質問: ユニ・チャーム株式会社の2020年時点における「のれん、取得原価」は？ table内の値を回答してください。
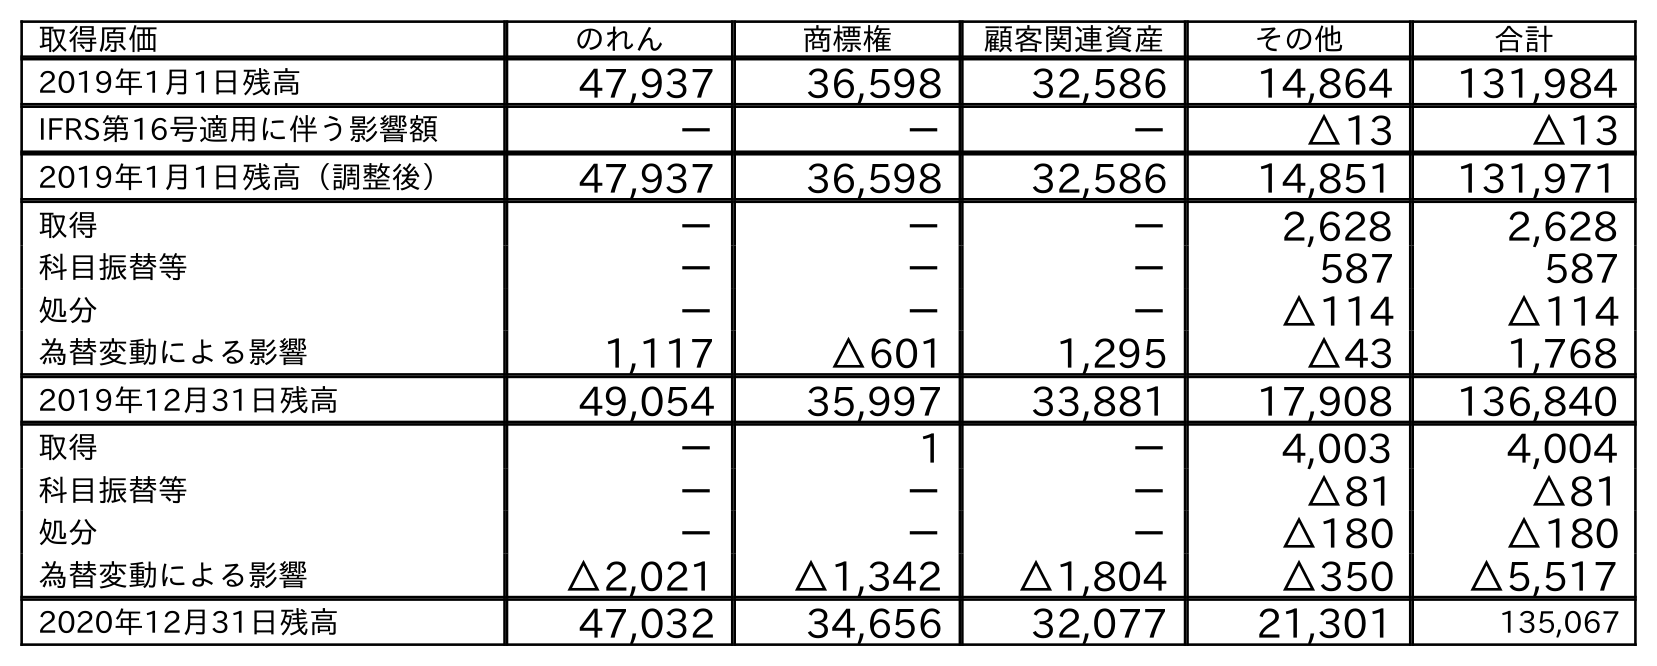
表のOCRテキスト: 取得原価 のれん 商標権 顧客関連資産 その他 合計 2019年1月1日残高 47,937 36,598 32,586 14,864 131,984 IFRS第16号適用に伴う影響額 － － － △13 △13 2019年1月1日残高（調整後） 47,937 36,598 32,586 14,851 131,971 取得 － － － 2,628 2,628 科目振替等 － － － 587 587 処分 － － － △114 △114 為替変動による影響 1,117 △601 1,295 △43 1,768 2019年12月31日残高 49,054 35,997 33,881 17,908 136,840 取得 － 1 － 4,003 4,004 科目振替等 － － － △81 △81 処分 － － － △180 △180 為替変動による影響 △2,021 △1,342 △1,804 △350 △5,517 2020年12月31日残高 47,032 34,656 32,077 21,301 135,067
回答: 47,032